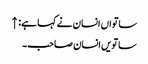
ساتواں انسان نے کہا ہے: ↑
ساتویں انسان صاحب۔